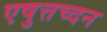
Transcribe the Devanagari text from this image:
एषुत्तच्दन